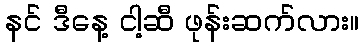
နင် ဒီနေ့ ငါ့ဆီ ဖုန်းဆက်လား။